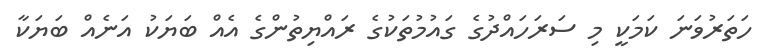
ހަތަރުވަނަ ކަމަކީ މި ސަރަހައްދުގެ ގައުމުތަކުގެ ރައްޔިތުންގެ އެއް ބަޔަކު އަނެއް ބަޔަކާ